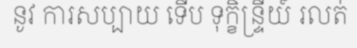
នូវ ការសប្បាយ ទើប ទុក្ខិន្ទ្រីយ៍ រលត់